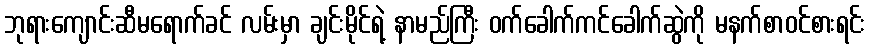
ဘုရားကျောင်းဆီမရောက်ခင် လမ်းမှာ ချင်းမိုင်ရဲ့ နာမည်ကြီး ဝက်ခေါက်ကင်ခေါက်ဆွဲကို မနက်စာဝင်စားရင်း